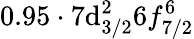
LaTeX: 0.95\cdot7\mathrm{d}_{3/2}^{2}6f_{7/2}^{6}